NAE_kihelkonnakohtute_kirjad_ja_protokollid_1869-1889, lk 2
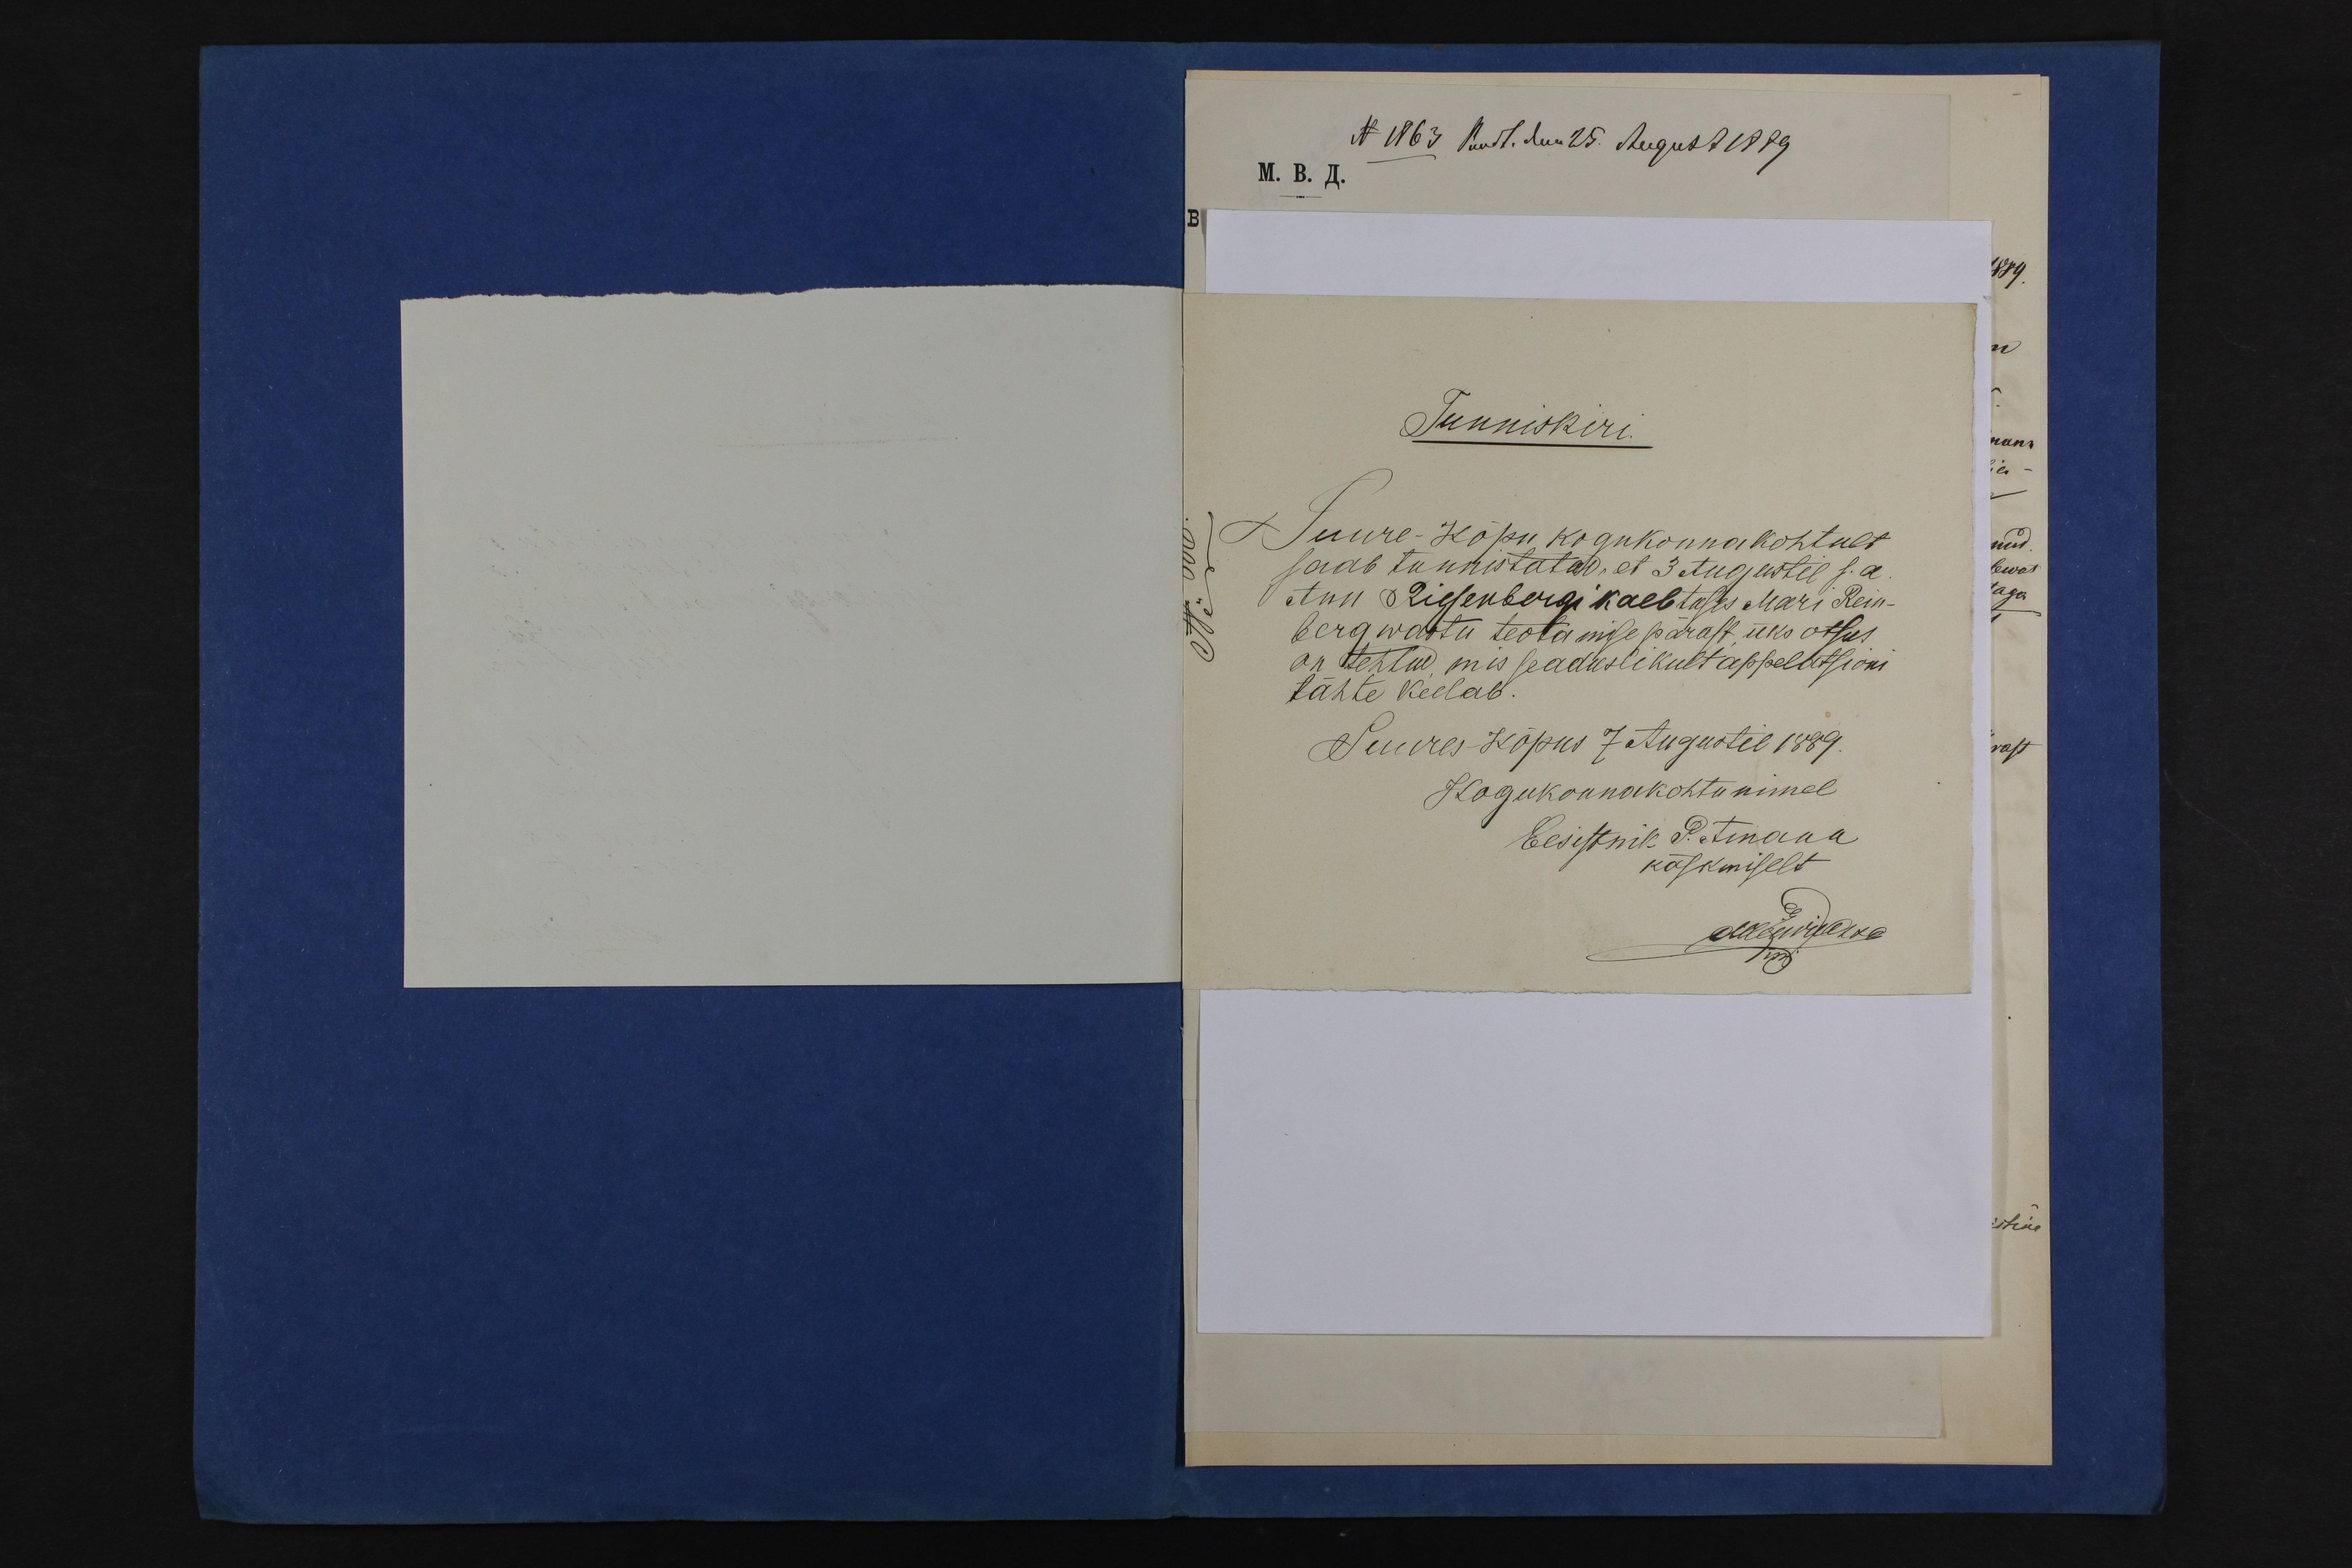
Tunniskiri.
Suure-Kõpu kogukonnakohtult
saab tunnistatud, et 3 Augustil s.a
Ann Riesenbergi kaebtuses Mari Rein-
berg wastu teotamise pärast üks otsus
on tehtu mis seaduslikult appelatsioni
tähte keelab
Suures Kõpus 7 Augustil 1889.
Kogukonnakohtu nimel